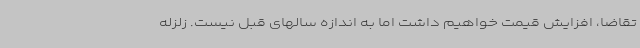
تقاضا، افزایش قیمت خواهیم داشت اما به اندازه سالهای قبل نیست. زلزله